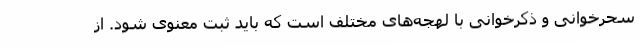
سحرخوانی و ذکرخوانی با لهجه‌های مختلف است که باید ثبت معنوی شود. از